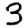
Digit: 3